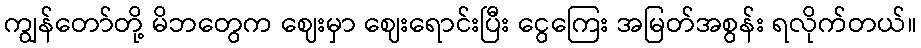
ကျွန်တော်တို့ မိဘတွေက ဈေးမှာ ဈေးရောင်းပြီး ငွေကြေး အမြတ်အစွန်း ရလိုက်တယ်။